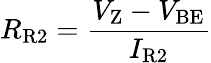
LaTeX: R_{\mathrm{R2}}={\frac{V_{\mathrm{Z}}-V_{\mathrm{BE}}}{I_{\mathrm{R2}}}}